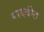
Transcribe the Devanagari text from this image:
यादवीत